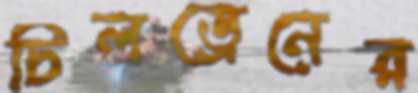
চিলড্রেনের